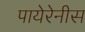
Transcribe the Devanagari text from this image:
पायेरेनीस